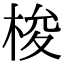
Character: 梭